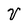
Character: V